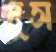
দুস